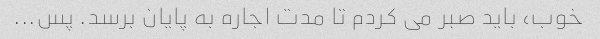
خوب، باید صبر می کردم تا مدت اجاره به پایان برسد. پس...